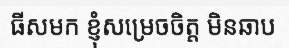
ធីសមក ខ្ញុំសម្រេចចិត្ត មិនឆាប